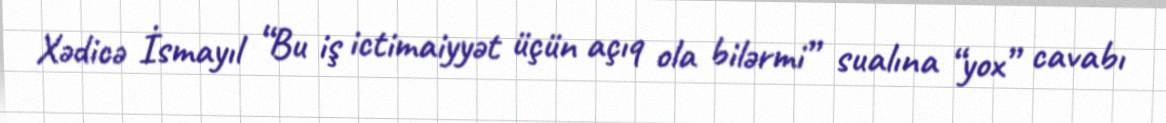
Xədicə İsmayıl “Bu iş ictimaiyyət üçün açıq ola bilərmi” sualına “yox” cavabı